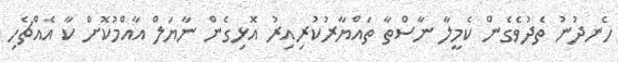
ހެނދުނު ތެދުވެގެން ކެމީލާ ނާސްތާ ތައްޔާރުކުރިއިރު އޮޅިގެން ނާޔަލް އާއްމުކޮށް ކާ އެއްޗެހި